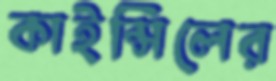
কাইন্সিলের